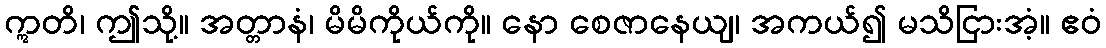
ဣတိ၊ ဤသို့။ အတ္တာနံ၊ မိမိကိုယ်ကို။ နော စေဇာနေယျ၊ အကယ်၍ မသိငြားအံ့။ ဧဝံ